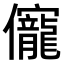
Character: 𠑙